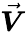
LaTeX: \vec{\boldsymbol{V}}